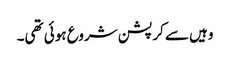
وہیں سے کرپشن شروع ہوئی تھی۔